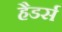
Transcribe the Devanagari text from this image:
हैडर्स